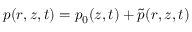
p ( r , z , t ) = p _ { 0 } ( z , t ) + \tilde { p } ( r , z , t )